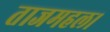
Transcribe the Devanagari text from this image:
ताजमहल।